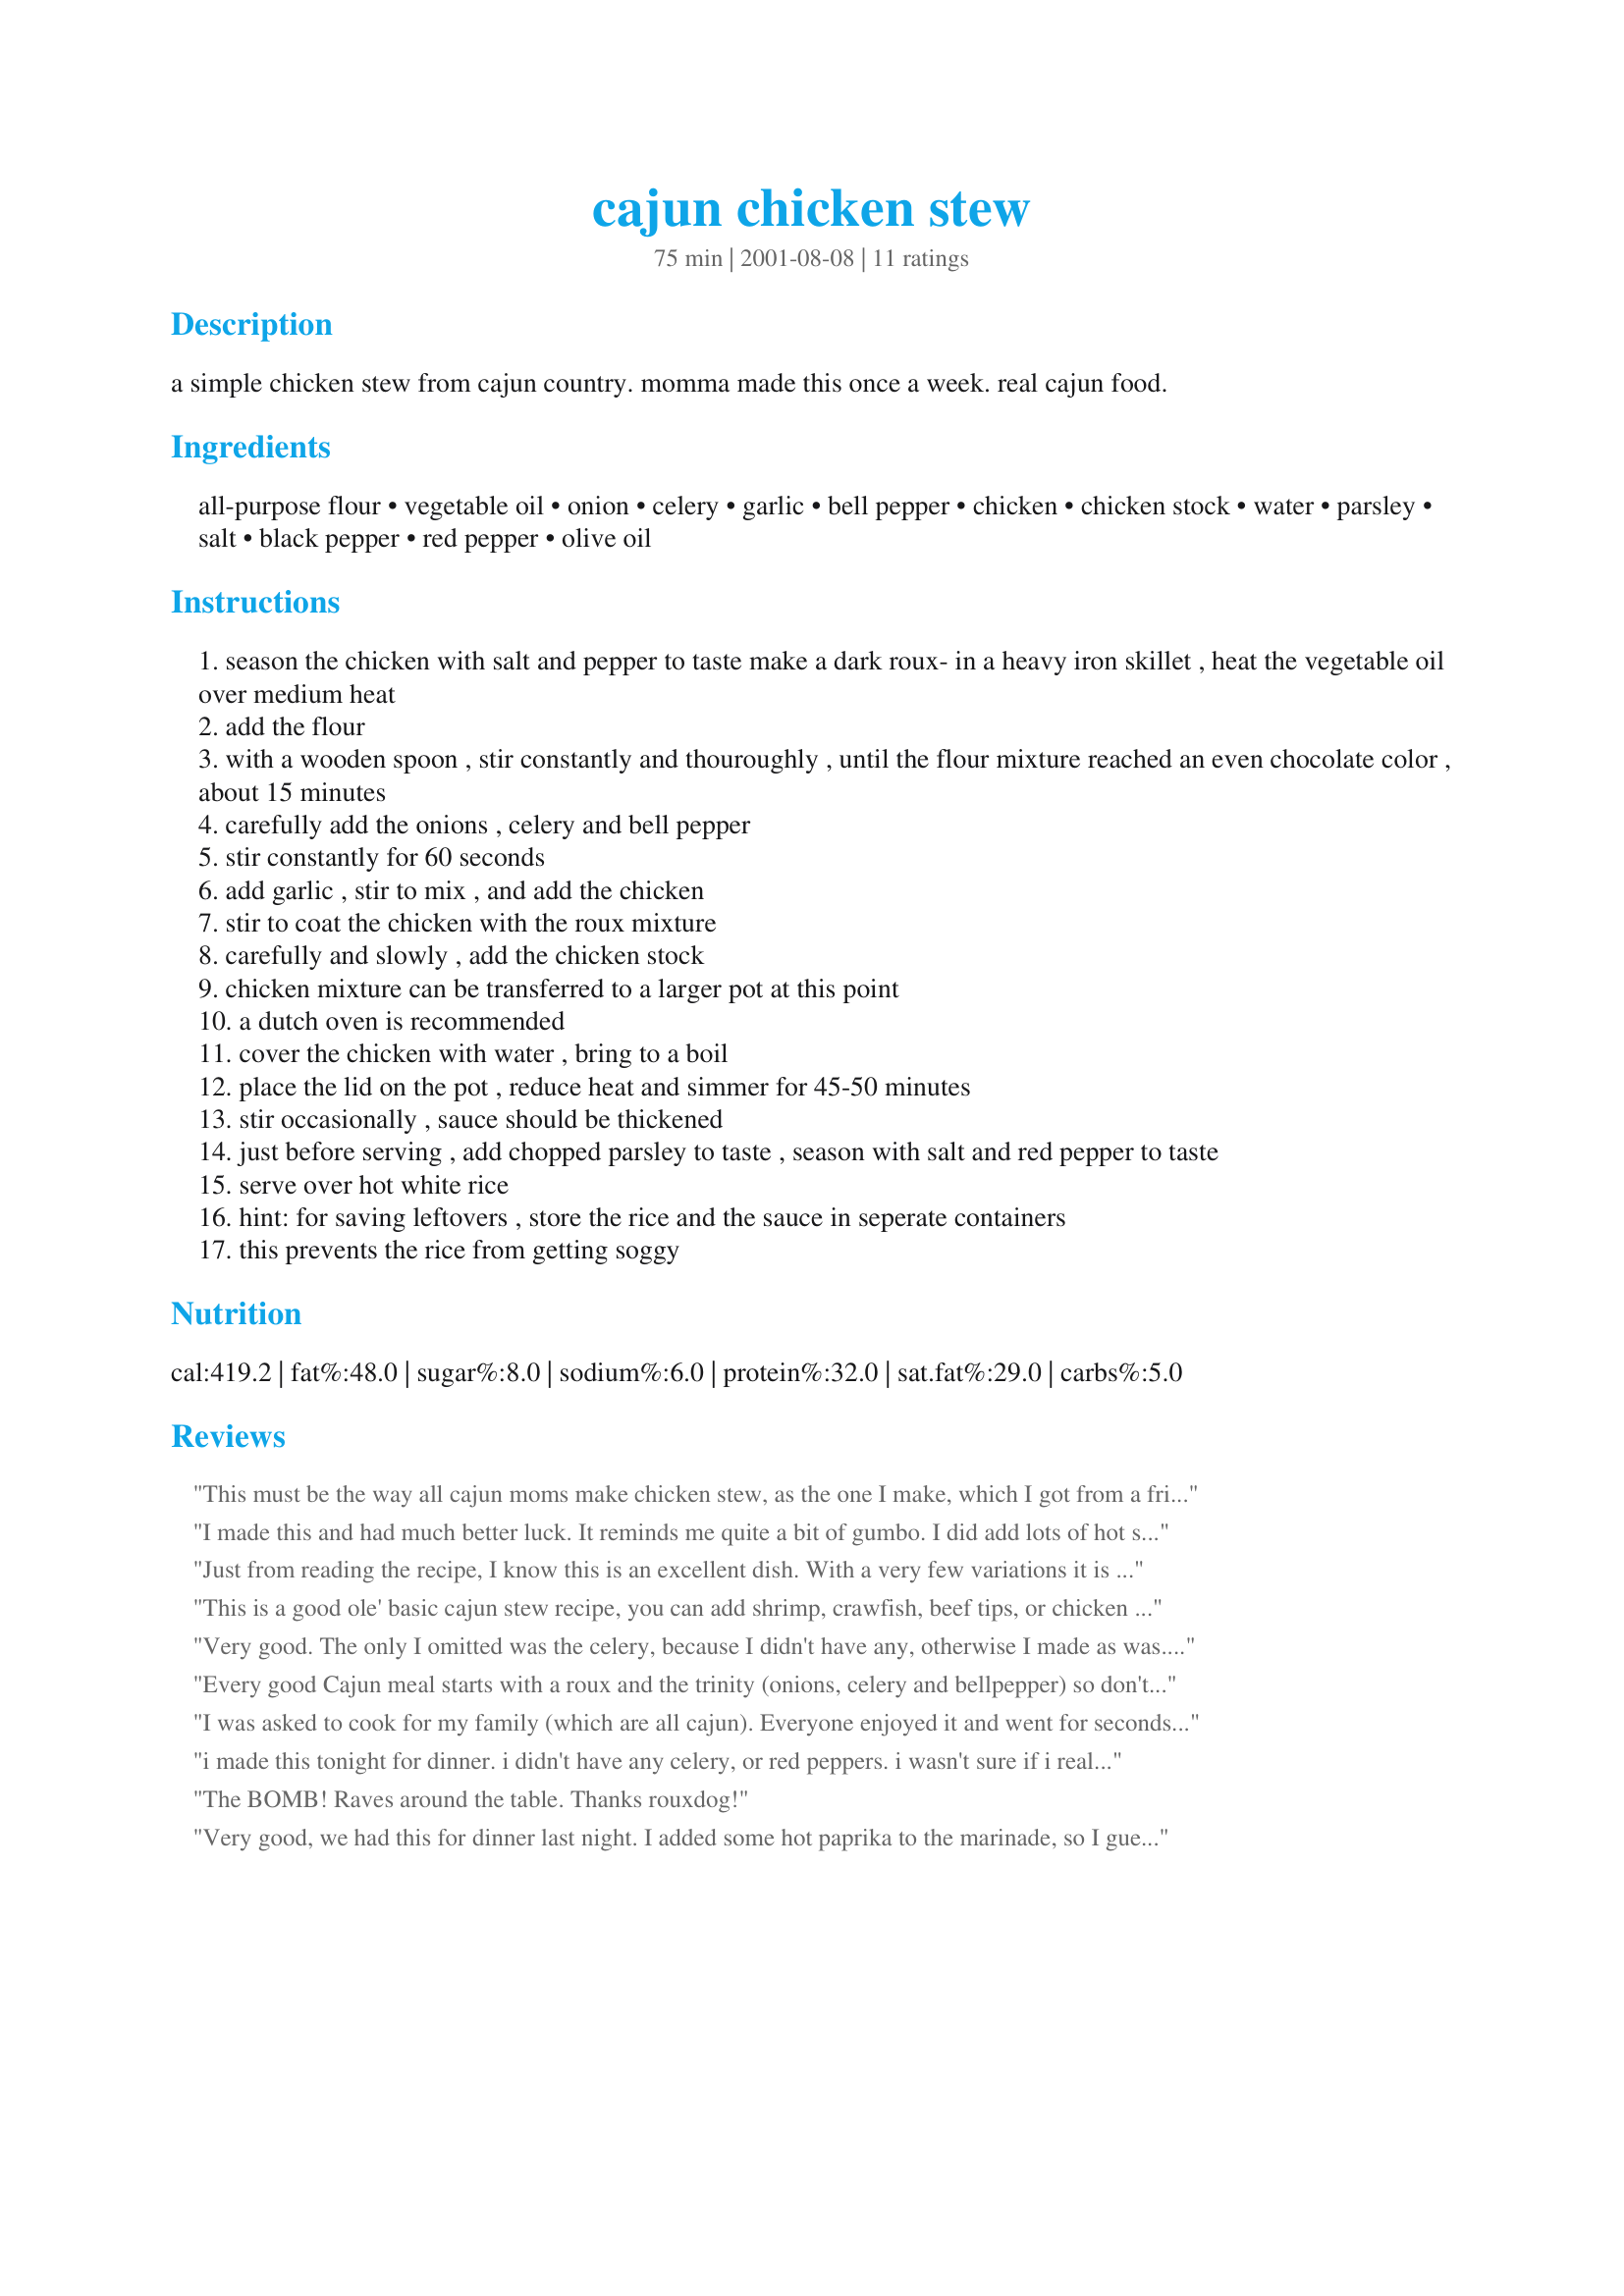
cajun chicken stew
Preparation time: 75 minutes

a simple chicken stew from cajun country. momma made this once a week. real cajun food.

Ingredients:
all-purpose flour, vegetable oil, onion, celery, garlic, bell pepper, chicken, chicken stock, water, parsley, salt, black pepper, red pepper, olive oil

Steps:
season the chicken with salt and pepper to taste make a dark roux- in a heavy iron skillet , heat the vegetable oil over medium heat
add the flour
with a wooden spoon , stir constantly and thouroughly , until the flour mixture reached an even chocolate color , about 15 minutes
carefully add the onions , celery and bell pepper
stir constantly for 60 seconds
add garlic , stir to mix , and add the chicken
stir to coat the chicken with the roux mixture
carefully and slowly , add the chicken stock
chicken mixture can be transferred to a larger pot at this point
a dutch oven is recommended
cover the chicken with water , bring to a boil
place the lid on the pot , reduce heat and simmer for 45-50 minutes
stir occasionally , sauce should be thickened
just before serving , add chopped parsley to taste , season with salt and red pepper to taste
serve over hot white rice
hint: for saving leftovers , store the rice and the sauce in seperate containers
this prevents the rice from getting soggy

Reviews:
This must be the way all cajun moms make chicken stew, as the one I make, which I got from a friend's mom from Thibodeaux, Louisiana, is pretty much identical, with the exception of the roux - she cooks hers 'til it's about the color of peanut butter. I'll try the darker roux next time. Glad you posted this, rouxdog.
I made this and had much better luck. It reminds me quite a bit of gumbo. I did add lots of hot sauce.
Just from reading the recipe, I know this is an excellent dish. With a very few variations it is identical to what my momma fixed every week! She called it chicken fricasse or stew. She was a full blood Cajun from St Martin parish! Your recipe has my mouth watering already!!
This is a good ole' basic cajun stew recipe, you can add shrimp, crawfish, beef tips, or chicken and it's great everytime. Just don't burn the roux! Make sure it's good and dark!
Very good. The only I omitted was the celery, because I didn't have any, otherwise I made as was. I also cut the recipe in half. Made for Cajun/Creole Event.
Every good Cajun meal starts with a roux and the trinity (onions, celery and bellpepper) so don't skip these ingrediants. I use a wisk to keep roux stirred. do not stop stirring for longer than 20 seconds as roux is sensitive to heat and can seize up in seconds. I added peas and more Cajun seasoning ( red pepper, black pepper etc if you do not have Tonys seasoning). great recipie.
I was asked to cook for my family (which are all cajun). Everyone enjoyed it and went for seconds. They are a pretty tough crowd so thank you thank you thank you. Awesome recipe
i made this tonight for dinner. i didn't have any celery, or red peppers. i wasn't sure if i really made it right, since i felt like it was bland. so i ended up adding some spices in - cayenne, paprika, oregano, along with some crushed red pepper flakes. i also added a little chicken bouillon to boost the flavor of the chicken broth that's in the sauce. all in all it's pretty good.
The BOMB! Raves around the table. Thanks rouxdog!
Very good, we had this for dinner last night. I added some hot paprika to the marinade, so I guess we had the Cajun/Hungarian version.
This was absolutely delicious! I followed the recipe exactly as written and was very pleased. My gravy was a nice rich brown, the chicken was fall-off-the-bone tender and the spices perfect for my crew. It is also a safe dish for my grandchild with soy, egg, peanut and shellfish allergies. This will be a regular dish in our home.
